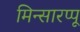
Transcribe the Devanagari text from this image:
मिन्सारप्पू